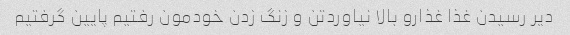
دیر رسیدن غذا غذارو بالا نیاوردتن و زنگ زدن خودمون رفتیم پایین گرفتیم